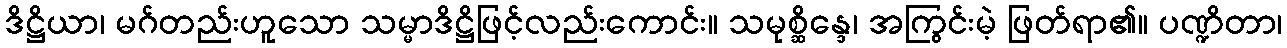
ဒိဋ္ဌိယာ၊ မဂ်တည်းဟူသော သမ္မာဒိဋ္ဌိဖြင့်လည်းကောင်း။ သမုစ္ဆိန္ဒေ၊ အကြွင်းမဲ့ ဖြတ်ရာ၏။ ပဏ္ဍိတာ၊